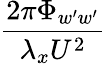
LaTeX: \frac{2\pi\Phi_{w^{\prime}w^{\prime}}}{\lambda_{x}U^{2}}